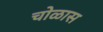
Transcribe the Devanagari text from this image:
चोळास